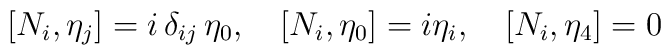
[N_i,\eta_j] = i\, \delta_{ij}\, \eta_0, \quad [N_i, \eta_0] = i \eta_i,\quad [N_i, \eta_4] =0